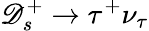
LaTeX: \mathscr{D}_{s}^{+}\to\tau^{+}\nu_{\tau}